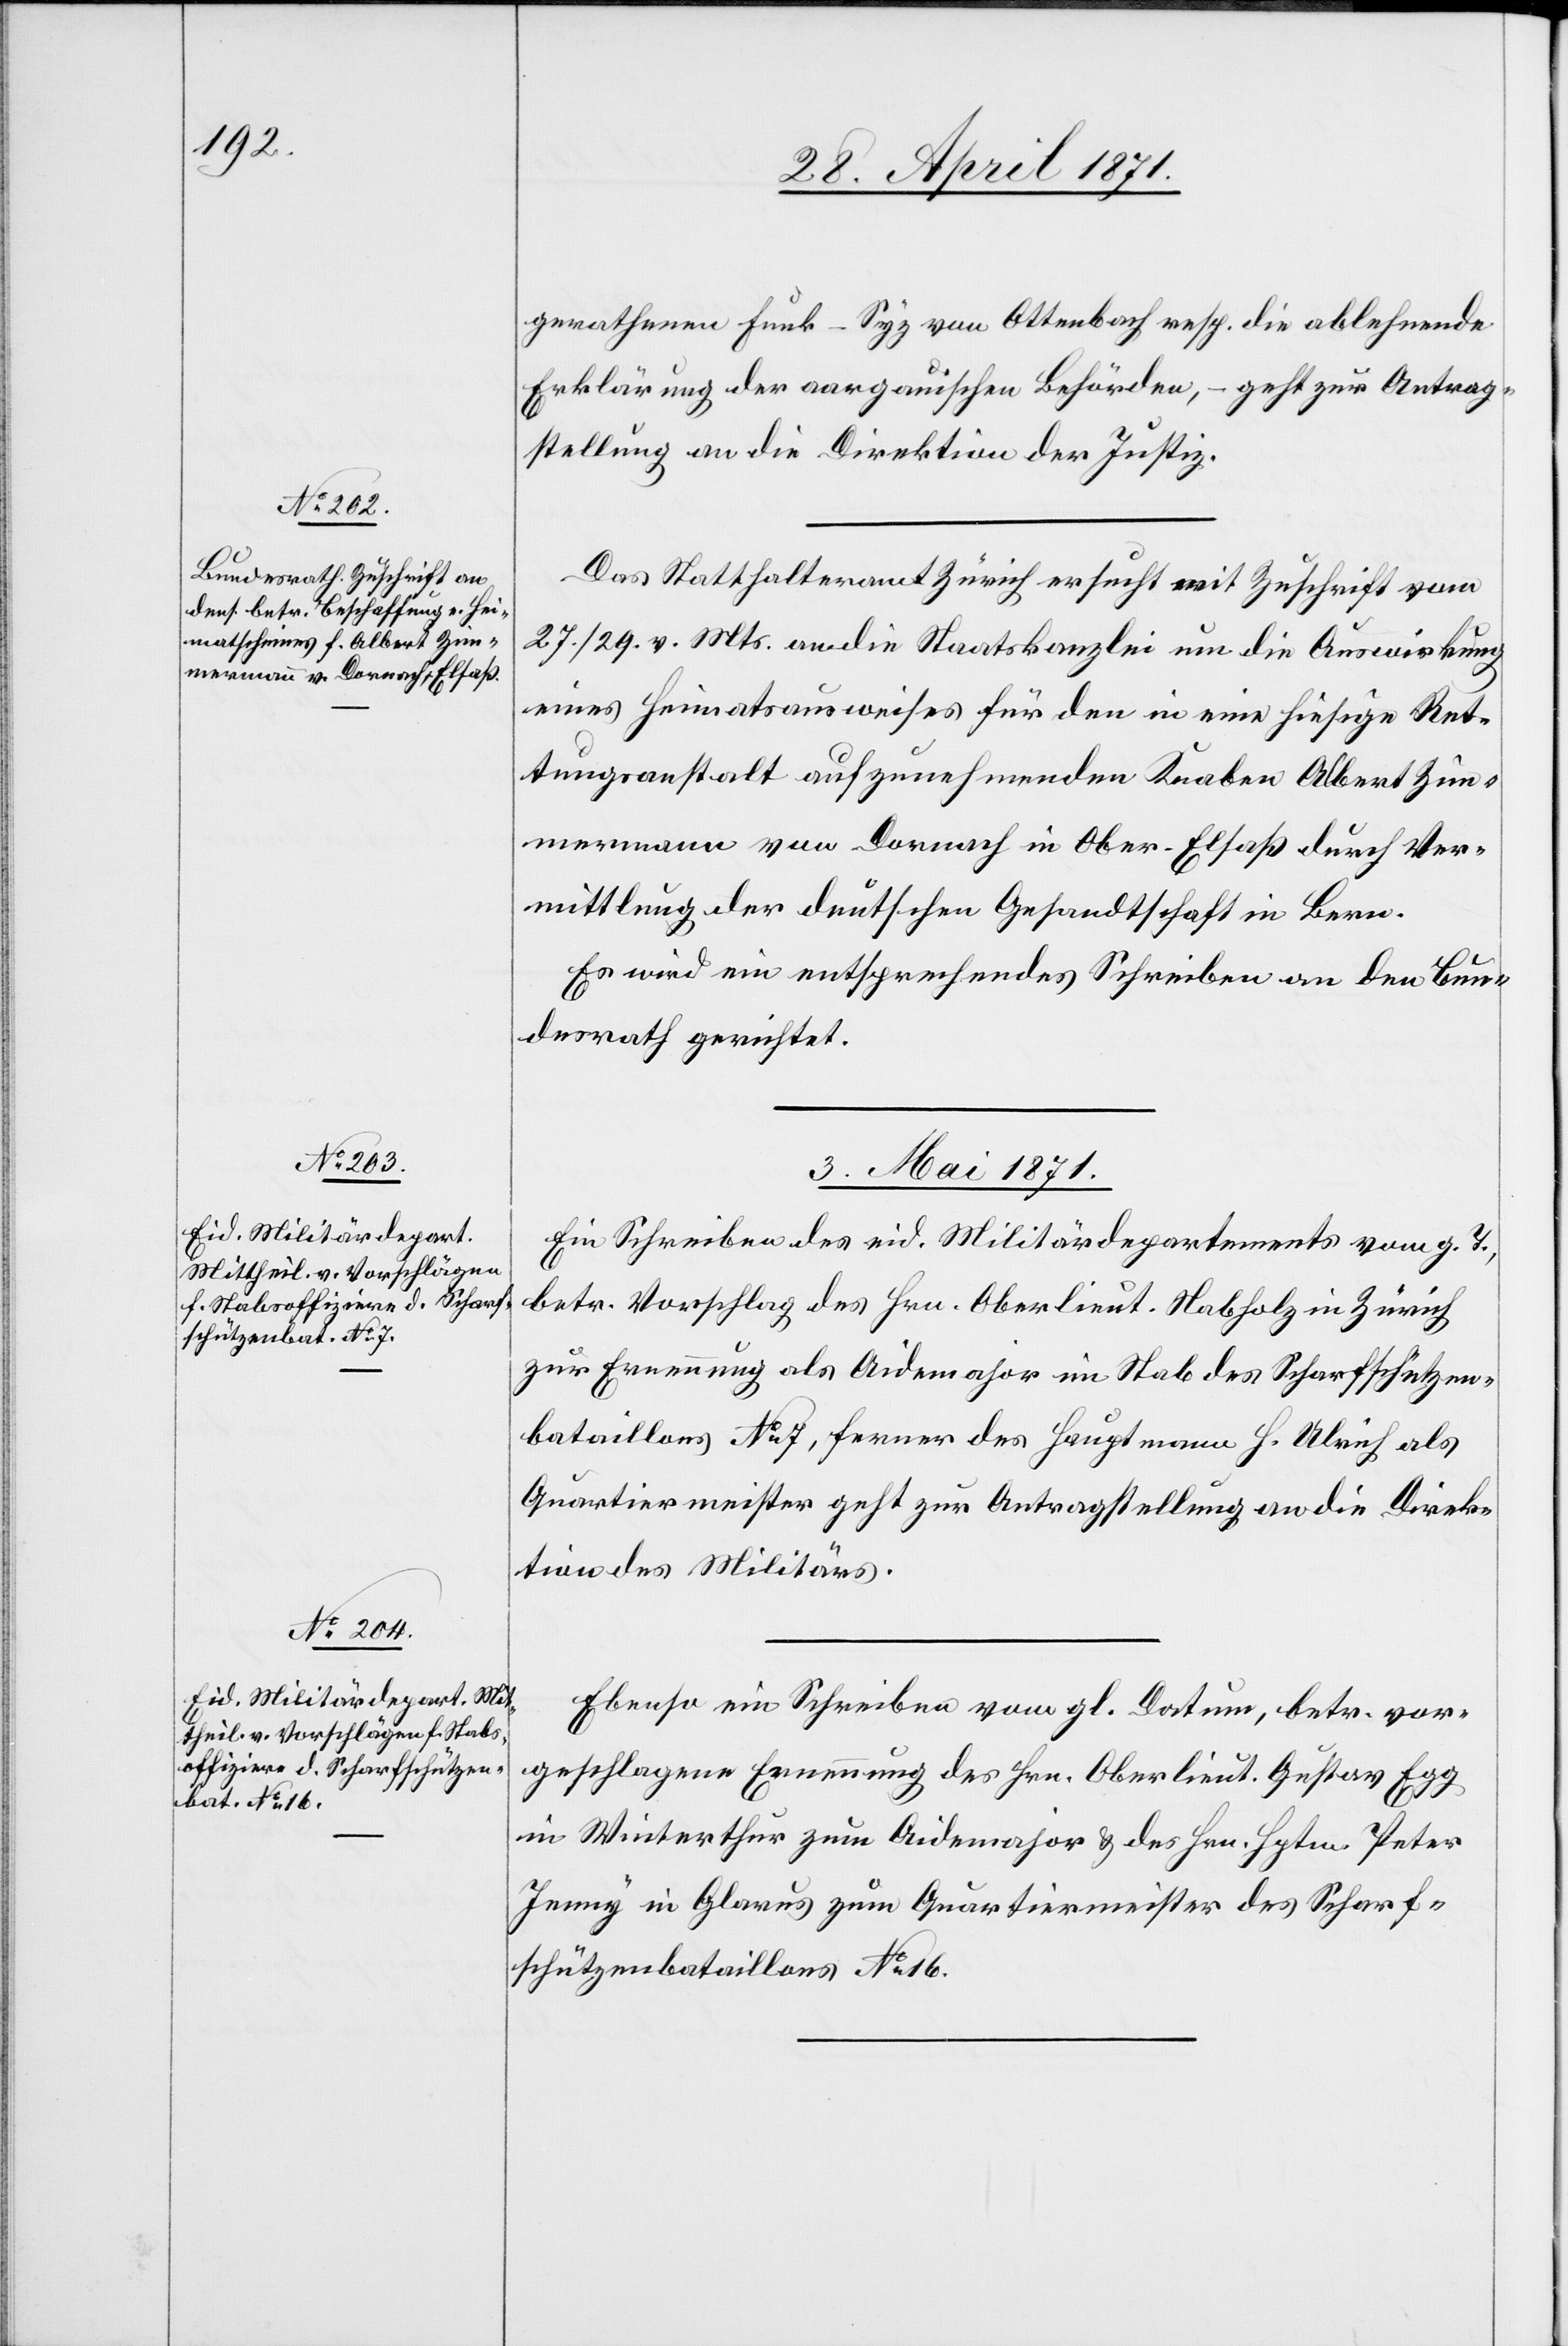
gerathenen Funk-Syz von Ottenbach resp. die ablehnende
Erklärung der aargauischen Behörden, – geht zur Antrag¬
stellung an die Direktion der Justiz.
Das Statthalteramt Zürich ersucht mit Zuschrift vom
27./29. v. Mts. an die Staatskanzlei um die Auswirkung
eines Heimatsausweises für den in eine hiesige Ret¬
tungsanstalt aufzunehmenden Knaben Albert Zim¬
mermann von Dornach in Ober-Elsaß durch Ver¬
mittlung der deutschen Gesandtschaft in Bern.
Es wird ein entsprechendes Schreiben an den Bun¬
desrath gerichtet.
3. Mai 1871.]
Ein Schreiben des eid. Militärdepartements vom g. T.,
betr. Vorschlag des Hrn. Oberlieut. Stabholz in Zürich
zur Ernennung als Aidemajor im Stab des Scharfschützen¬
bataillons No. 7, ferner des Hauptmann H. Ulrich als
Quartiermeister geht zur Antragstellung an die Direk¬
tion des Militärs.
Ebenso ein Schreiben vom gl. Datum, betr. vor¬
geschlagene Ernennung des Hrn. Oberlieut. Gustav Egg
in Winterthur zum Aidemajor u. des Hrn. Hptm. Peter
Jenny in Glarus zum Quartiermeister des Scharf¬
schützenbataillons No. 16.